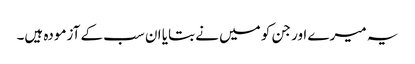
یہ میرے اور جن کو میں نے بتایا ان سب کے آزمودہ ہیں۔